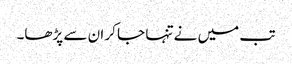
تب میں نے تنہا جا کر ان سے پڑھا۔